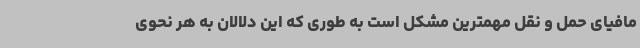
مافیای حمل و نقل مهمترین مشکل است به طوری که این دلالان به هر نحوی